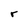
Character: r